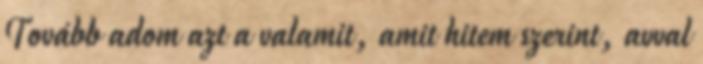
Tovább adom azt a valamit, amit hitem szerint, avval